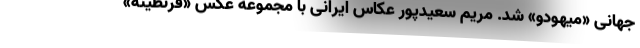
جهانی «میهودو» شد. مریم سعیدپور عکاس ایرانی با مجموعه عکس «قرنطینه»